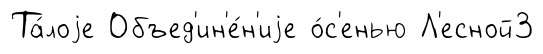
Та́лоjе Объед'ин'е́н'иjе о́с'енью Л'есной3